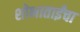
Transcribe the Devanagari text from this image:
शोभाताईंचा